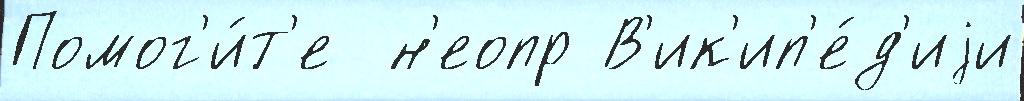
Помог'и́т'е  н'еопр В'ик'ип'е́д'иjи